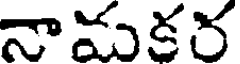
నామకర